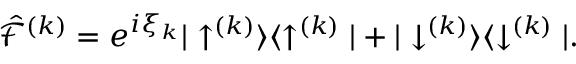
\hat { \mathcal { F } } ^ { ( k ) } = { e ^ { i \xi _ { k } } | \uparrow ^ { ( k ) } \rangle \langle \uparrow ^ { ( k ) } | + | \downarrow ^ { ( k ) } \rangle \langle \downarrow ^ { ( k ) } | } .